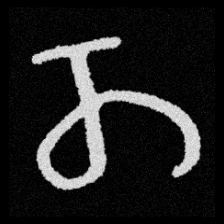
Pyu character \u2014 Myanmar letter: တ (romanized: ta)